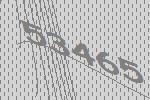
53465